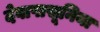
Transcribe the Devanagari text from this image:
देवापासूनिया